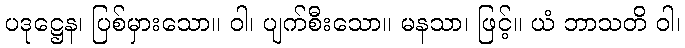
ပဒုဋ္ဌေန၊ ပြစ်မှားသော။ ဝါ၊ ပျက်စီးသော။ မနသာ၊ ဖြင့်။ ယံ ဘာသတိ ဝါ၊